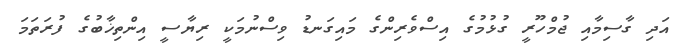
އަދި ގާސިމާއި ޖުމްހޫރީ ގުޅުމުގެ އިސްވެރިންގެ މައިގަނޑު ވިސްނުމަކީ ރިޔާސީ އިންތިޚާބުގެ ފުރަތަމަ